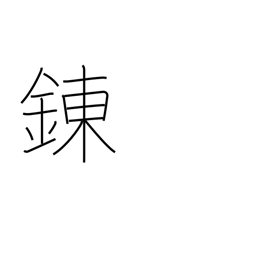
Meaning: tempering